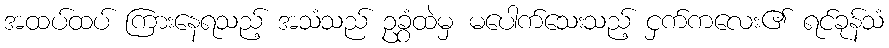
အထပ်ထပ် ကြားနေရသည့် အသံသည် ဥခွံထဲမှ မပေါက်သေးသည့် ငှက်ကလေး၏ ရင်ခုန်သံ